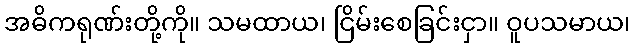
အဓိကရုဏ်းတို့ကို။ သမထာယ၊ ငြိမ်းစေခြင်းငှာ။ ဝူပသမာယ၊